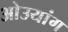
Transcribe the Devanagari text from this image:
ओउयांग